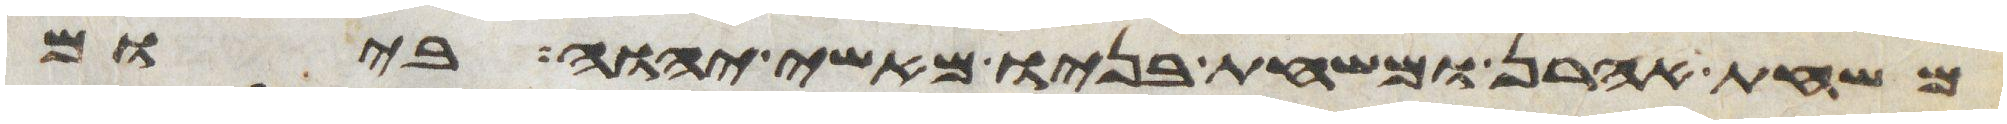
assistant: משחת אהרן ומשחת בניו מאשי יהוה ביום